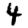
Digit: 4